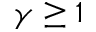
\gamma \geq 1